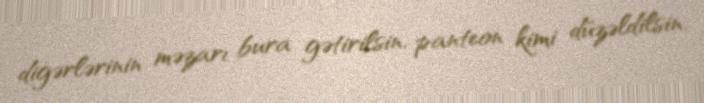
digərlərinin məzarı bura gətirilsin, panteon kimi düzəldilsin.